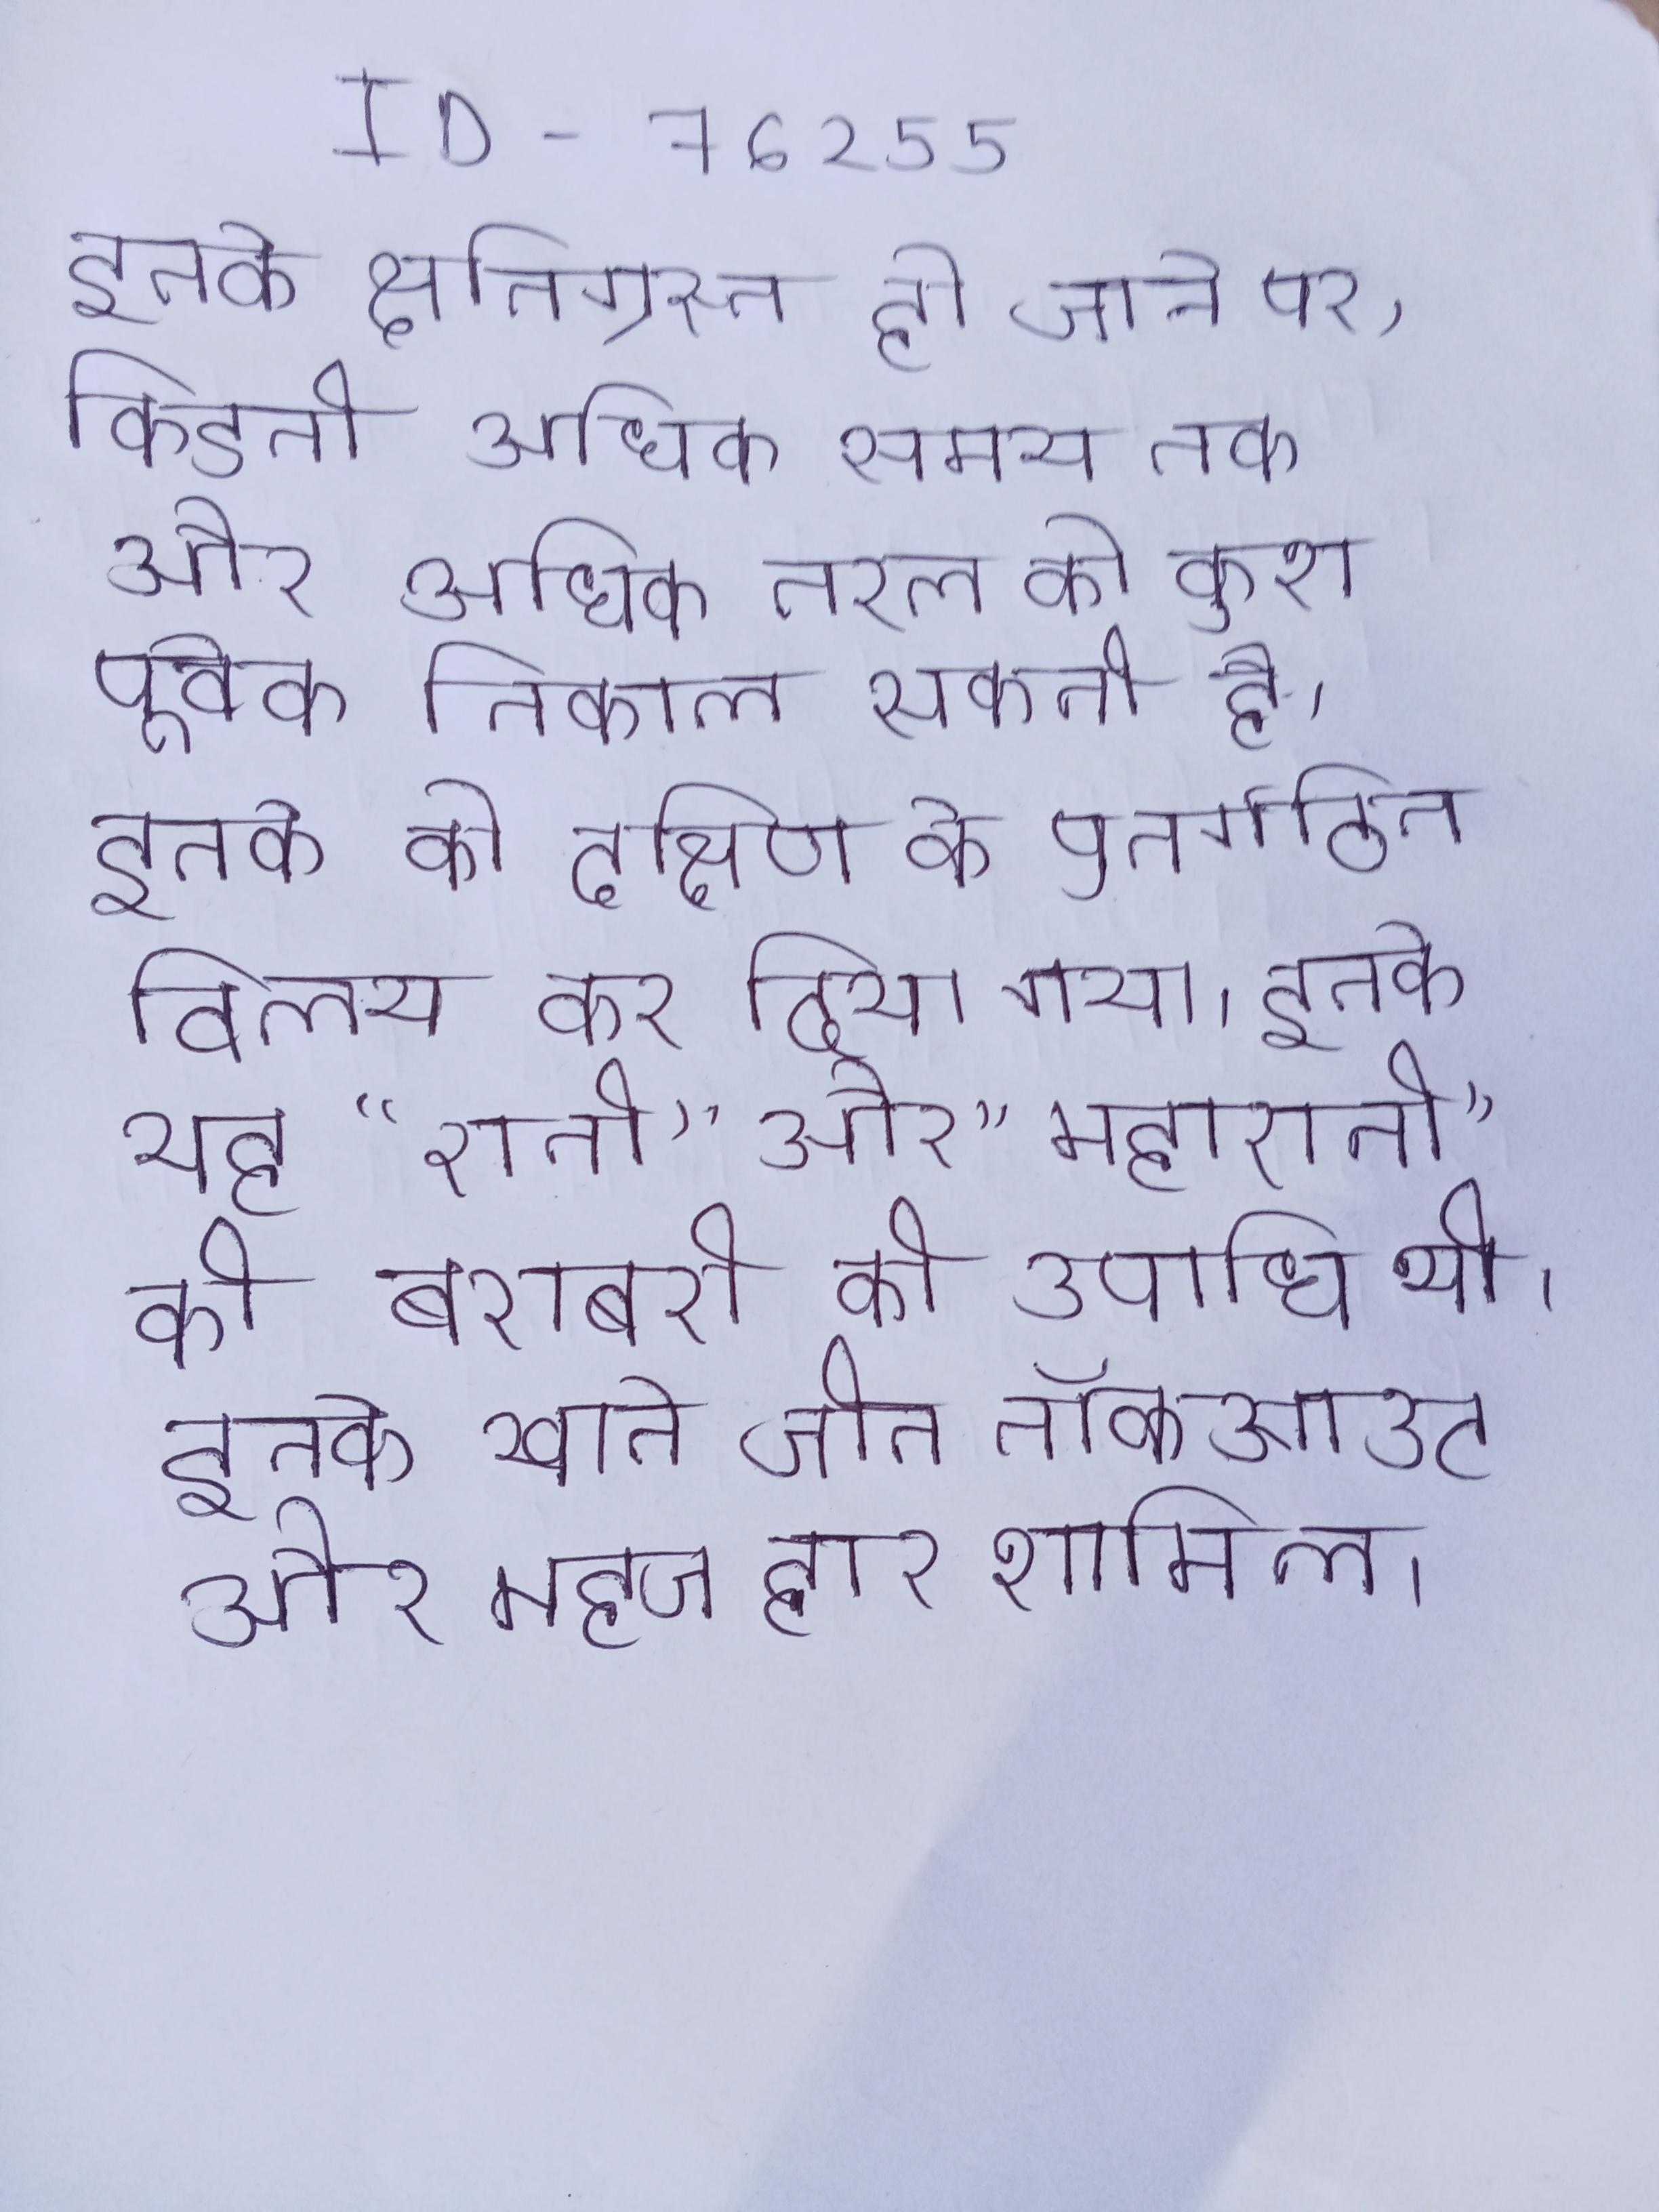
इनके क्षतिग्रस्त हो जाने पर, किडनी अधिक समय तक और अधिक तरल को कुशलता पूर्वक निकाल सकती है । इनके को दक्षिण के पुनर्गठित विलय कर दिया गया । इनके यह "रानी" और "महारानी" की बराबरी की उपाधि थी । इनके खाते जीत नॉकआउट और महज हार शामिल ।